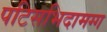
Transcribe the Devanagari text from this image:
पटिसभिदामग्ग